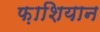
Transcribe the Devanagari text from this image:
फ़ाशियान